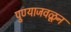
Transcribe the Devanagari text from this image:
पुण्याजवळून